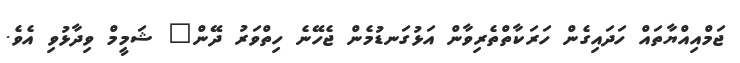
ޖަމްއިއްޔާތައް ހަދައިގެން ހަރަކާތްތެރިވާން އަޅުގަނޑުމެން ޖެހޭނެ ހިތްވަރު ދޭން" ޝަމީމް ވިދާޅުވި އެވެ.